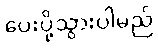
ပေးပို့သွားပါမည်